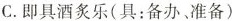
C.即具酒炙乐(具：备办、准备)